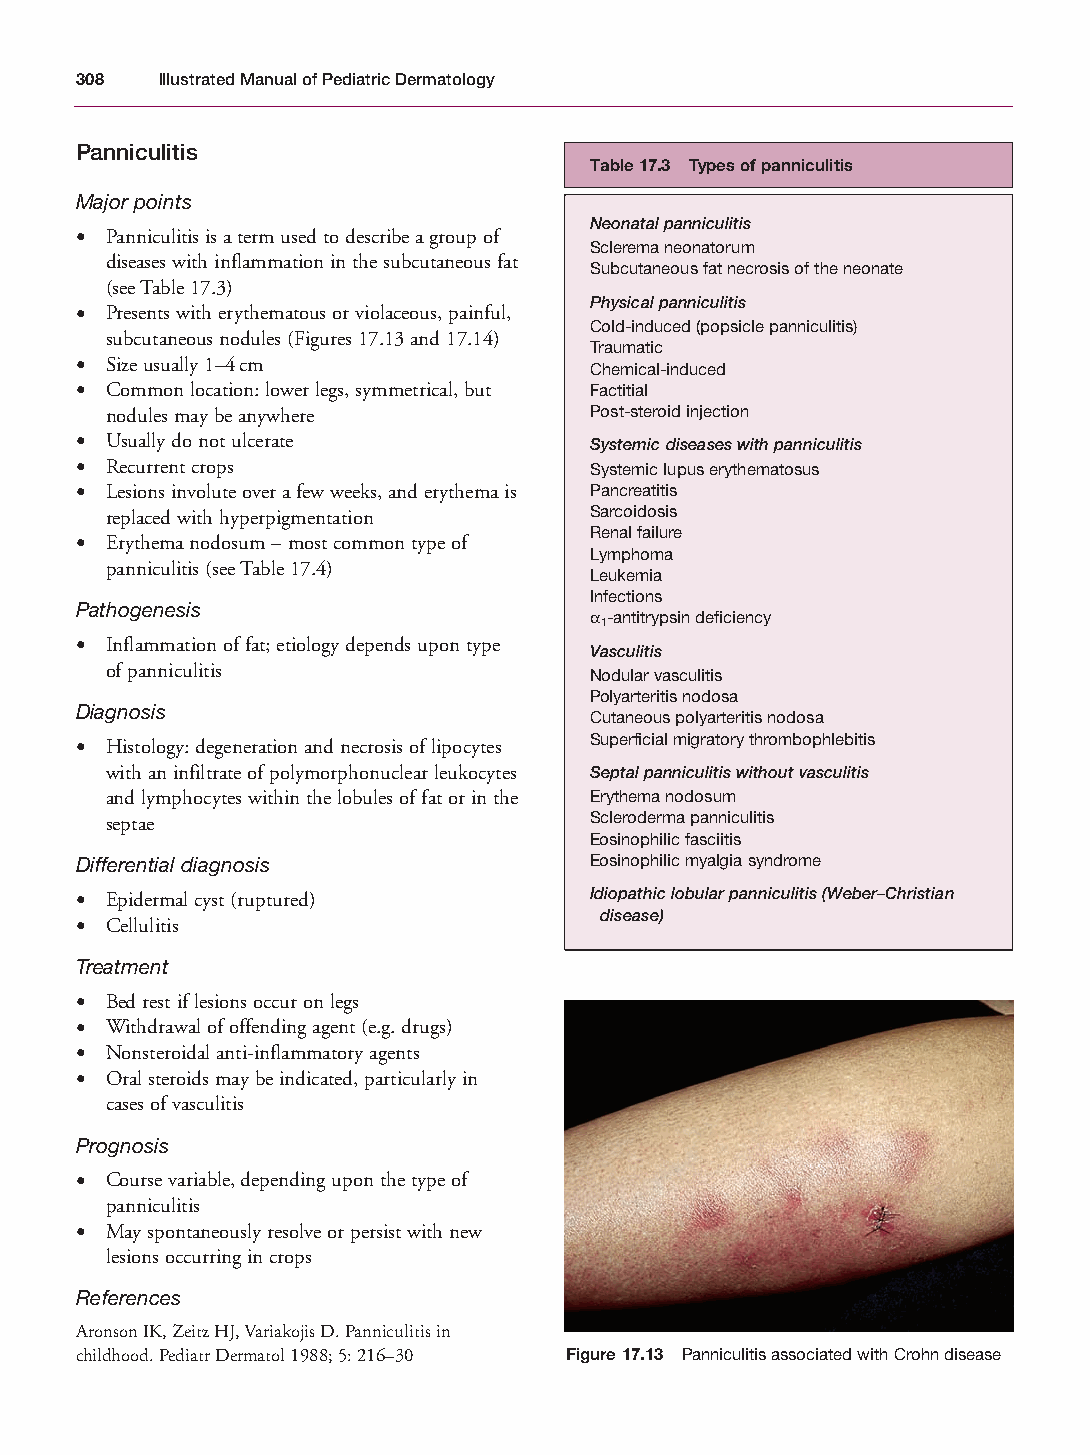
Mallory Chapter 17 27/1/05 2:54 pm Page 308
 308  Illustrated Manual of Pediatric Dermatology
 Panniculitis
 Table 17.3 Types of panniculitis
 Major points
 Neonatal panniculitis
 • Panniculitis is a term used to describe a group of
 Sclerema neonatorum
 diseases with inflammation in the subcutaneous fat
 Subcutaneous fat necrosis of the neonate
 (see Table 17.3)
 Physical panniculitis
 • Presents with erythematous or violaceous, painful,
 Cold-induced (popsicle panniculitis)
 subcutaneous nodules (Figures 17.13 and 17.14)
 Traumatic
 • Size usually 1–4cm              Chemical-induced
 • Common location: lower legs, symmetrical, but Factitial
 nodules may be anywhere         Post-steroid injection
 • Usually do not ulcerate         Systemic diseases with panniculitis
 • Recurrent crops                 Systemic lupus erythematosus
 • Lesions involute over a few weeks, and erythema is Pancreatitis
 replaced with hyperpigmentation Sarcoidosis
 Renal failure
 • Erythema nodosum – most common type of
 Lymphoma
 panniculitis (see Table 17.4)
 Leukemia
 Infections
 Pathogenesis                      α -antitrypsin deficiency
 1
 • Inflammation of fat; etiology depends upon type
 Vasculitis
 of panniculitis                 Nodular vasculitis
 Polyarteritis nodosa
 Diagnosis
 Cutaneous polyarteritis nodosa
 • Histology: degeneration and necrosis of lipocytes Superficial migratory thrombophlebitis
 with an infiltrate of polymorphonuclear leukocytes Septal panniculitis without vasculitis
 and lymphocytes within the lobules of fat or in the Erythema nodosum
 septae                          Scleroderma panniculitis
 Eosinophilic fasciitis
 Differential diagnosis            Eosinophilic myalgia syndrome
 • Epidermal cyst (ruptured)       Idiopathic lobular panniculitis (Weber–Christian
 disease)
 • Cellulitis
 Treatment
 • Bed rest if lesions occur on legs
 • Withdrawal of offending agent (e.g. drugs)
 • Nonsteroidal anti-inflammatory agents
 • Oral steroids may be indicated, particularly in
 cases of vasculitis
 Prognosis
 • Course variable, depending upon the type of
 panniculitis
 • May spontaneously resolve or persist with new
 lesions occurring in crops
 References
 Aronson IK, Zeitz HJ, Variakojis D. Panniculitis in
 childhood. Pediatr Dermatol 1988; 5: 216–30 Figure 17.13 Panniculitis associated with Crohn disease